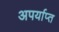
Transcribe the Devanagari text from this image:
अपर्याप्‍त